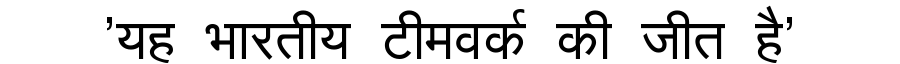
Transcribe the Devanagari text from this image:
'यह भारतीय टीमवर्क की जीत है'